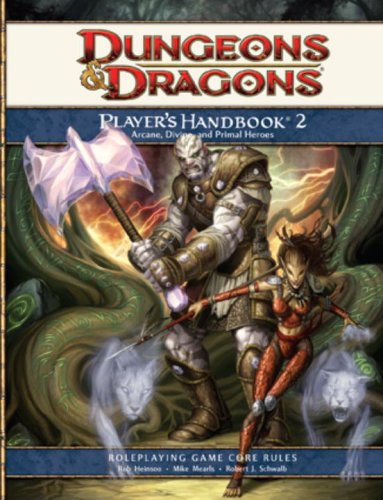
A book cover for Dungeons & Dragons: Player's Handbook 2- Roleplaying Game Core Rules; Jeremy Crawford; Science Fiction & Fantasy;